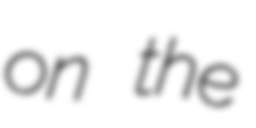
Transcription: on the